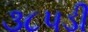
૩૮૫ડી